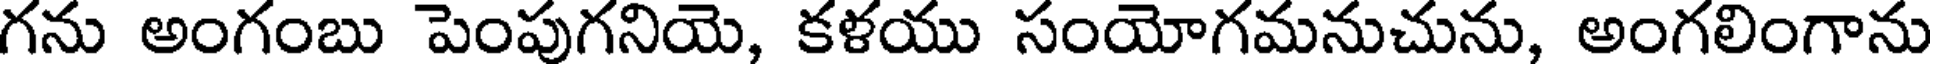
గను అంగంబు పెంపుగనియె, కళయు సంయోగమనుచును, అంగలింగాను